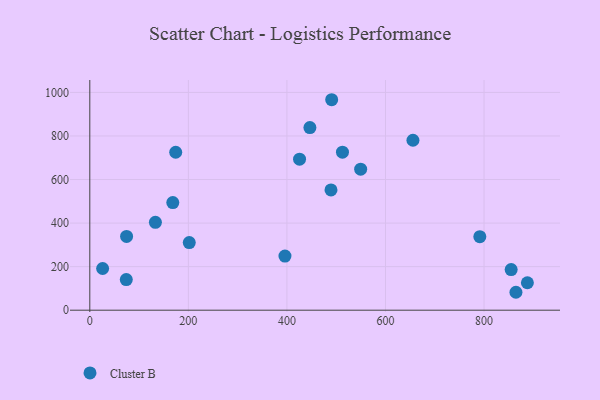
{"axis": {"x": "Speed", "y": "Sales"}, "legend": ["Cluster B"], "data": [{"x": "74.0", "y": 140.4, "type": "Cluster B"}, {"x": "791.4", "y": 337.8, "type": "Cluster B"}, {"x": "887.9", "y": 126.1, "type": "Cluster B"}, {"x": "655.7", "y": 780.4, "type": "Cluster B"}, {"x": "396.0", "y": 248.5, "type": "Cluster B"}, {"x": "174.3", "y": 725.2, "type": "Cluster B"}, {"x": "74.6", "y": 338.7, "type": "Cluster B"}, {"x": "855.0", "y": 186.7, "type": "Cluster B"}, {"x": "446.6", "y": 838.4, "type": "Cluster B"}, {"x": "512.7", "y": 725.6, "type": "Cluster B"}, {"x": "201.8", "y": 310.3, "type": "Cluster B"}, {"x": "549.6", "y": 647.4, "type": "Cluster B"}, {"x": "489.4", "y": 552.1, "type": "Cluster B"}, {"x": "168.4", "y": 494.0, "type": "Cluster B"}, {"x": "864.7", "y": 82.3, "type": "Cluster B"}, {"x": "425.6", "y": 693.5, "type": "Cluster B"}, {"x": "133.1", "y": 403.6, "type": "Cluster B"}, {"x": "26.0", "y": 191.5, "type": "Cluster B"}, {"x": "490.8", "y": 966.4, "type": "Cluster B"}]}